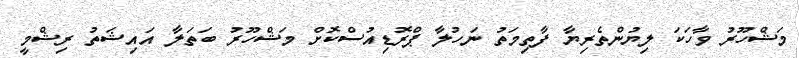
މަޝްހޫރު ވާހަކަ ލިޔުންތެރިޔާ ފާތިމަތު ނަހުލާ ޕްރޮޑިއުސްކޮށް މަޝްހޫރު ބަތަލާ އައިޝަތު ރިޝްމީ